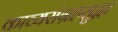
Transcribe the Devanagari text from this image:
काव्यसंग्रहसुद्धा